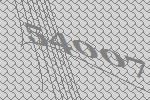
54007